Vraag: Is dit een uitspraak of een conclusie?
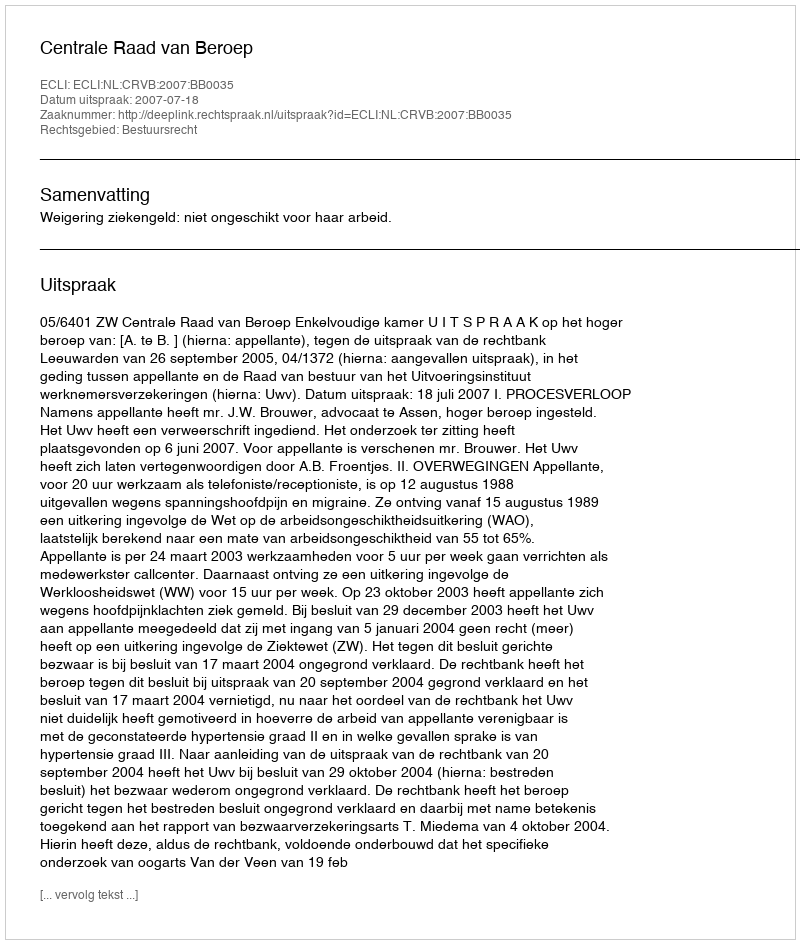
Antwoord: Uitspraak